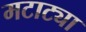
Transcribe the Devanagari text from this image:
मटाट्या